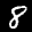
Label: 8